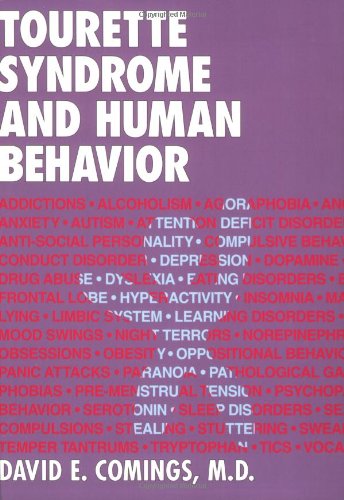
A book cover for Tourette Syndrome and Human Behavior; David E. Comings; Health, Fitness & Dieting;